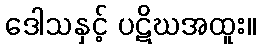
ဒေါသနှင့် ပဋိဃအထူး။